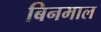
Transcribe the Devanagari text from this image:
बिनमाल